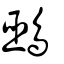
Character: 鵐